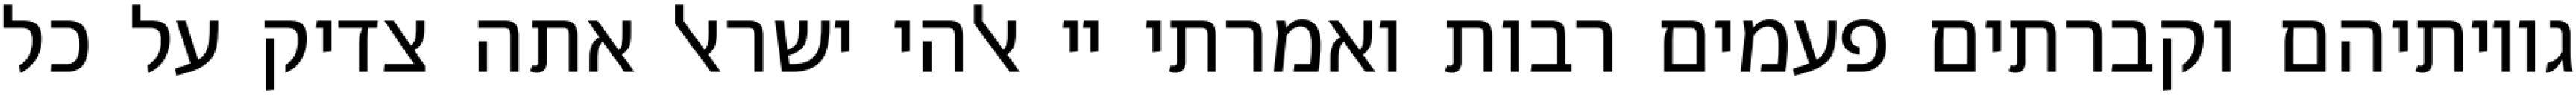
גויותיהם וקברתים פעמים רבות ואמרתי יי אלהי ישראל אתה צדיק על כל